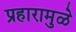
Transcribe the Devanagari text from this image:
प्रहारामुळे